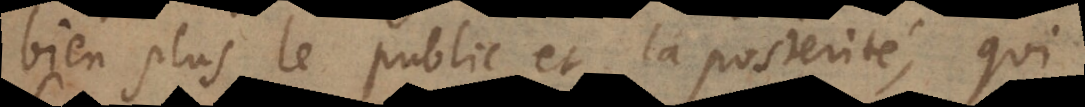
bien plus le public et la posterité, qui